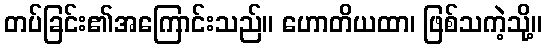
တပ်ခြင်း၏အကြောင်းသည်။ ဟောတိယထာ၊ ဖြစ်သကဲ့သို့။